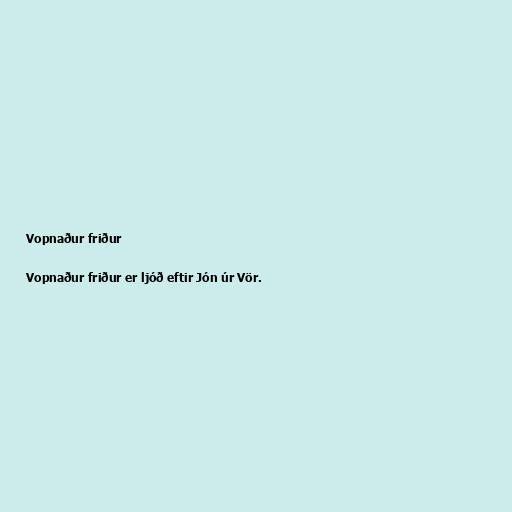
Vopnaður friður

Vopnaður friður er ljóð eftir Jón úr Vör.